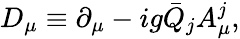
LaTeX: D_{\mu}\equiv\partial_{\mu}-ig{\bar{Q}_{j}}A_{\mu}^{j},